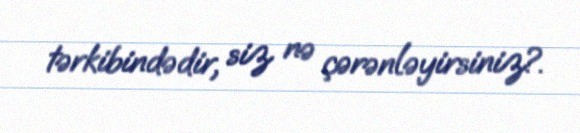
tərkibindədir, siz nə çərənləyirsiniz?.